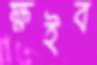
ক্ষইব